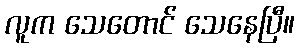
လူက သေတောင် သေနေပြီ။